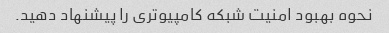
نحوه بهبود امنیت شبکه کامپیوتری را پیشنهاد دهید.